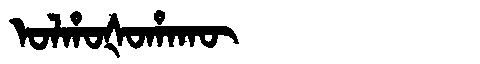
Manchu: ᠣᠯᡥᠣᡧᠣᡥᠠᡴᡡ
Romanization: OLHOŠOHAKŪ